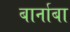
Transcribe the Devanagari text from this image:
बार्नाबा